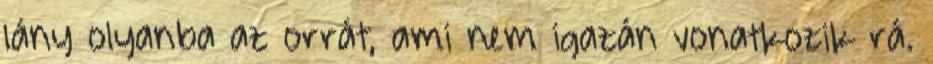
lány olyanba az orrát, ami nem igazán vonatkozik rá.